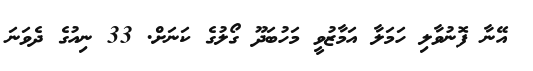
އޭނާ ފޮނުވާލި ހަމަލާ އަމާޒުވީ މަހުބަދޫ ގޯލުގެ ކަނަށް. 33 ނިއުގެ ދެވަނަ